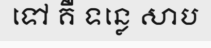
ទៅ គឺ ទន្លេ សាប